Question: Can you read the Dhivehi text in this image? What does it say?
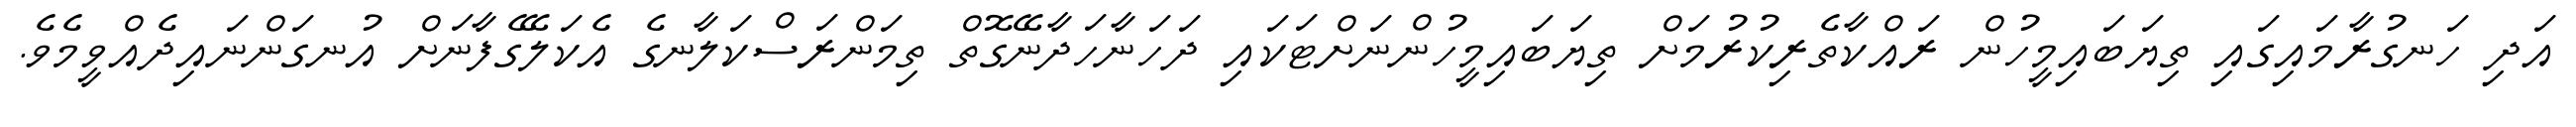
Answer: އަދި ހަނގުރާމައިގައި ތިޔަބައިމީހުން ރައްކާތެރިކުރުމަށް ތިޔަބައިމީހުންނަށްޓަކައި ދަހަނާހަދާނޭގޮތް ތިމަންރަސްކަލާނގެ އެކަލޭގެފާނަށް އުނގަންނައިދެއްވީމެވެ.